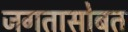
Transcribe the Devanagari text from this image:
जगतासोबत